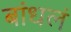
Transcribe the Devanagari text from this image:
बांधलं